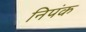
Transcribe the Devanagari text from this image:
निपंक